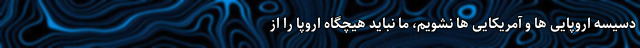
دسیسه اروپایی ها و آمریکایی ها نشویم، ما نباید هیچگاه اروپا را از